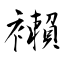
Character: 襰